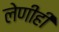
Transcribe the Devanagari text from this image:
लेणीही